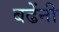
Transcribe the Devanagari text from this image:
बढेंनी